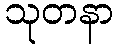
သုတနာ